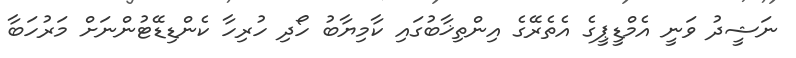
ނަޝީދު ވަނީ އެމްޑީޕީގެ އެތެރޭގެ އިންތިޚާބުގައި ކާމިޔާބު ހޯދި ހުރިހާ ކެންޑިޑޭޓުންނަށް މަރުހަބާ